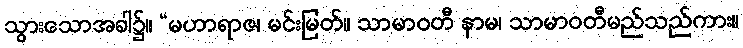
သွားသောအခါ၌။ “မဟာရာဇ၊ မင်းမြတ်။ သာမာဝတီ နာမ၊ သာမာဝတီမည်သည်ကား။